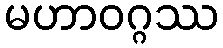
မဟာဝဂ္ဂဿ